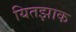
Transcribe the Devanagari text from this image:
यितझाक